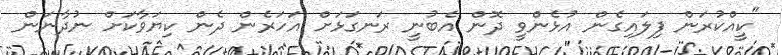
"ކީއްކުރަން ފިލައިގެން އުޅެންވީ ދޮން އެބުނީ ރަނގަޅަށް އަހަރެން ދެން ކިޔަވާކަށް ނުދާނަން